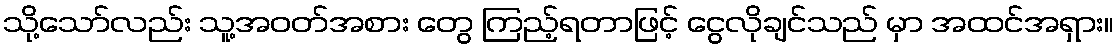
သို့သော်လည်း သူ့အဝတ်အစား တွေ ကြည့်ရတာဖြင့် ငွေလိုချင်သည် မှာ အထင်အရှား။